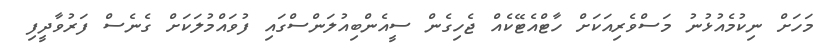
މަހަށް ނިކުމެއުޅުނު މަސްވެރިއަކަށް ހާޓްއެޓޭކެއް ޖެހިގެން ސީއެންބިއުލަންސްގައި ފުވައްމުލަކަށް ގެނެސް ފަރުވާދީފި